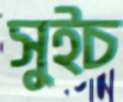
সুইচ